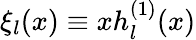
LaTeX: \xi_{l}(x)\equiv xh_{l}^{(1)}(x)